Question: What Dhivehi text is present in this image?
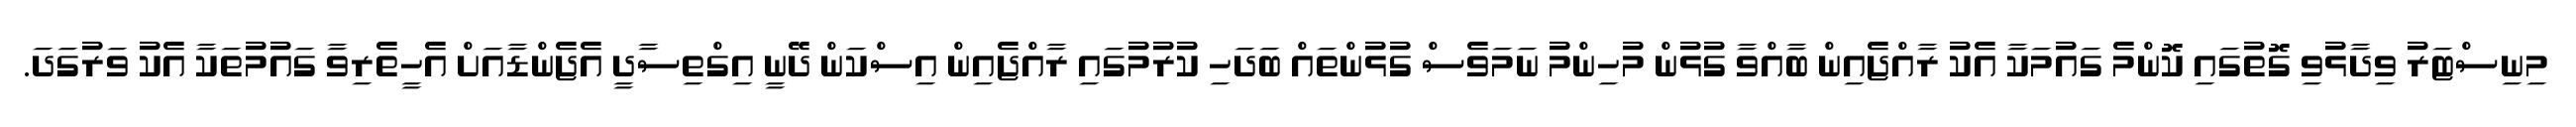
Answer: މިނިސްޓަރު ވިދާޅުވި ގޮތުގައި ކޮންމެ ގައުމަކާ އެކު ރާއްޖެއިން ބާއްވާ ގުޅުން މުހިންމު ނަމަވެސް ގުޅުންތައް ބަދަހި ކުރުމުގައި ރާއްޖެއިން އިސްކަން ދޭނީ އިގްތިސާދީ އެޖެންޑާއަށް އެހީތެރިވާ ގައުމުތަކާ އެކު ވަރުގަދަ.